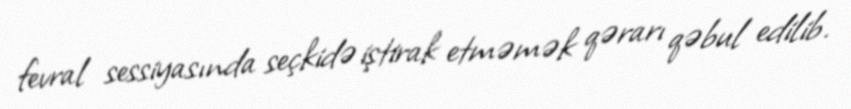
fevral sessiyasında seçkidə iştirak etməmək qərarı qəbul edilib.